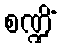
စဏ္ဍိံ